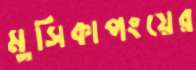
মুসিকাপংয়ের